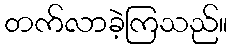
တက်လာခဲ့ကြသည်။